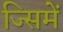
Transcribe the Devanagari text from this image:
ज्सिमें